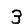
Digit: 3